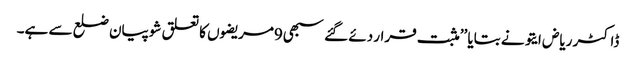
ڈاکٹر ریاض ایتو نے بتایا ’’مثبت قرار دئے گئے سبھی9مریضوں کا تعلق شوپیان ضلع سے ہے۔